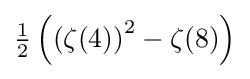
{\tfrac {1}{2}}\left(\left(\zeta (4)\right)^{2}-\zeta (8)\right)